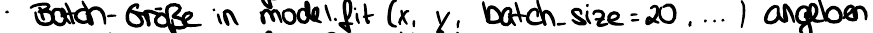
Batch-Größe in model.fit(X, y, batch_size=20, ...) angeben